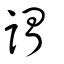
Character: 謂